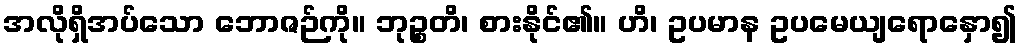
အလိုရှိအပ်သော ဘောဇဉ်ကို။ ဘုဉ္စတိ၊ စားနိုင်၏။ ဟိ၊ ဥပမာန ဥပမေယျရောနှော၍